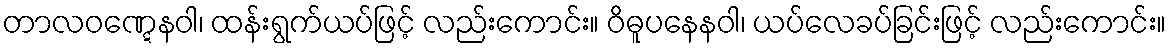
တာလဝဏ္ဋေနဝါ၊ ထန်းရွက်ယပ်ဖြင့် လည်းကောင်း။ ဝိဓူပနေနဝါ၊ ယပ်လေခပ်ခြင်းဖြင့် လည်းကောင်း။